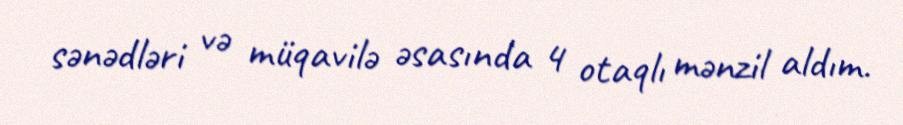
sənədləri və müqavilə əsasında 4 otaqlı mənzil aldım.